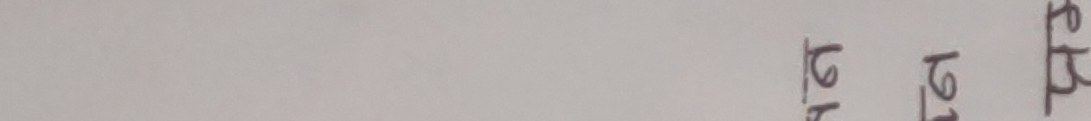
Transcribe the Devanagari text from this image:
१२प